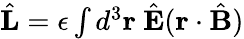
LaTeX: \begin{array}{r}{\hat{\mathbf L}=\epsilon\int d^{3}{\mathbf r}\ \hat{\mathbf E}({\mathbf r}\cdot\hat{\mathbf B})}\end{array}